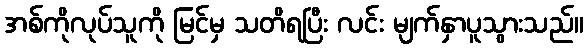
အစ်ကိုလုပ်သူကို မြင်မှ သတိရပြီး လင်း မျက်နှာပူသွားသည်။